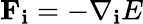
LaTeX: \mathbf{F_{i}}=-\mathbf{\nabla_{i}}E